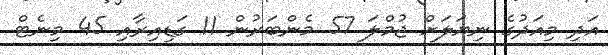
އަދި މިއަދުގެ ނިޔަލަށް ޖުމްލަ 57 މެންބަރުން 11 ގަޑިއިރާއި 45 މިނެޓް